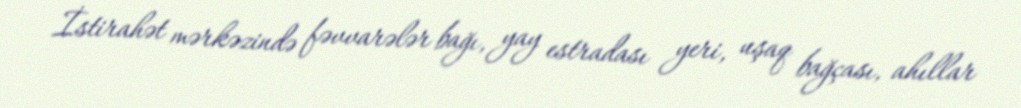
İstirahət mərkəzində fəvvarələr bağı, yay estradası yeri, uşaq bağçası, ahıllar